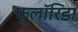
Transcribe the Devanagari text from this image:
फ्लाॅरिडा